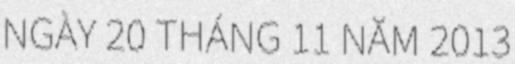
NGÀY 20 THÁNG 11 NĂM 2013